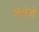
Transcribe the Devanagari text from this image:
अत्यंजों